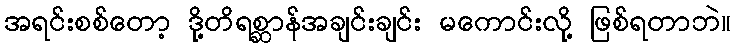
အရင်းစစ်တော့ ဒို့တိရစ္ဆာန်အချင်းချင်း မကောင်းလို့ ဖြစ်ရတာဘဲ။